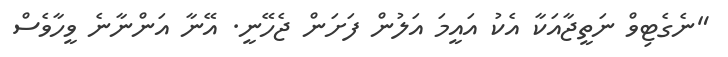
"ނެގެޓިވް ނަތީޖާއަކާ އެކު އައީމަ އަލުން ފަށަން ޖެހޭނީ. އޭނާ އަންނާނެ ވީހާވެސް